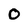
Character: 0